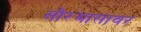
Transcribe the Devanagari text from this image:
सौरमासावर